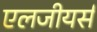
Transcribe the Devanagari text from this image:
एलजीयर्स